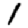
Digit: 1